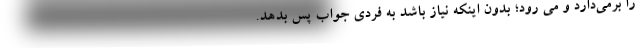
را برمی‌دارد و می رود؛ بدون اینکه نیاز باشد به فردی جواب پس بدهد.